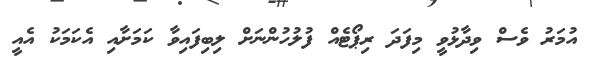
އުމަރު ވެސް ވިދާޅުވީ މިފަދަ ރިޕޯޓެއް ފުލުހުންނަށް ލިބިފައިވާ ކަމަށާއި އެކަމަކު އެއީ